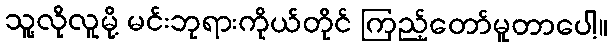
သူ့လိုလူမို့ မင်းဘုရားကိုယ်တိုင် ကြည့်တော်မူတာပေါ့။